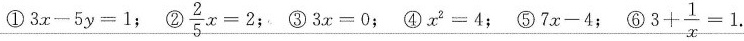
①$$3x-5y=1$$; ②$$\frac{2}{5}x=2$$; ③$$3x=0$$; ④$$x^{2}=4$$; ⑤$$7x-4$$; ⑥$$3+\frac{1}{x}=1$$.